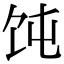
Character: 饨